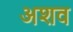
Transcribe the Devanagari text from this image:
अशव